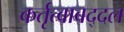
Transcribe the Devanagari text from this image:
कर्तृत्वाबद्दल